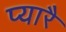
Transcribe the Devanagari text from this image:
प्यारै